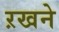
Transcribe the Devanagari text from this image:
ऱखने